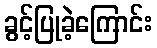
ခွင့်ပြုခဲ့ကြောင်း